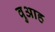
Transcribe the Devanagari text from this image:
वुआह